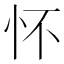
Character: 怀